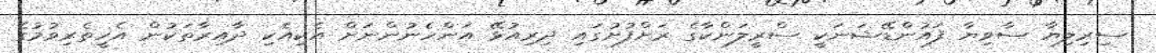
ސިރިލިޔާ ސާވިޔާ ފައުންޑޭޝަނަކީ ސްރީލަންކާގެ ރަށްފުށުގައި ދިރިއުޅޭ އަންހެނުންނަށް އެކިއެކި ދާއިރާތަކުން އެހީތެރިވުމުގެ